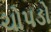
ચોપડો